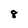
Character: 8